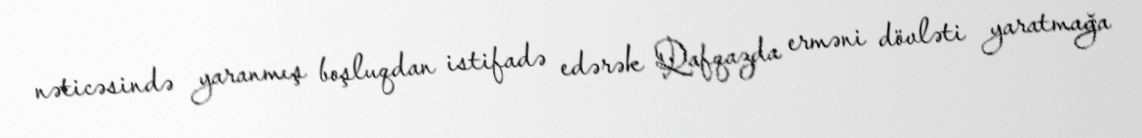
nəticəsində yaranmış boşluqdan istifadə edərək Qafqazda erməni dövləti yaratmağa